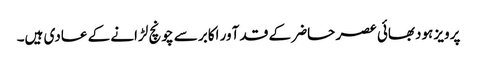
پرویز ہودبھائی عصر حاضر کے قد آور اکابر سے چونچ لڑانے کے عادی ہیں۔